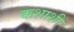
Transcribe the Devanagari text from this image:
कशाशी